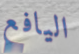
اليافع